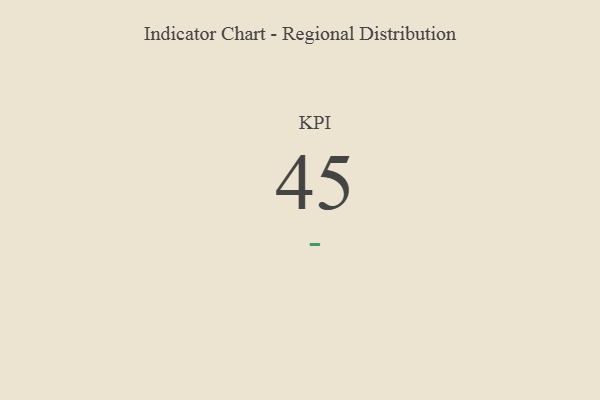
{"axis": {"x": "KPI", "y": "Value"}, "legend": [""], "data": [{"x": "KPI", "y": 45, "type": ""}]}